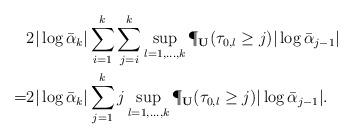
LaTeX: \begin{align*}&2|\log\bar\alpha_{k}|\sum_{i=1}^k\sum_{j=i}^k\sup_{l=1,\ldots,k}\P_{\bf U}(\tau_{0,l}\ge j)|\log\bar\alpha_{j-1}|\\=&2|\log\bar\alpha_{k}|\sum_{j=1}^kj\sup_{l=1,\ldots,k}\P_{\bf U}(\tau_{0,l}\ge j)|\log\bar\alpha_{j-1}|.\end{align*}